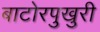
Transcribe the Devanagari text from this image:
बाटोरपुखुरी